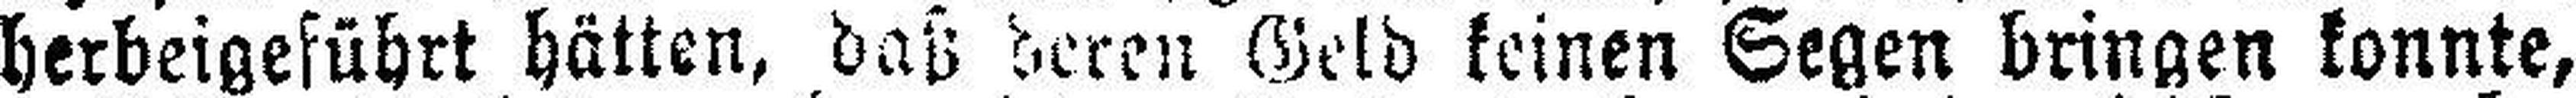
herbeigeführt hätten, daß deren Geld keinen Segen bringen konnte,